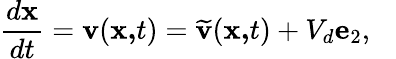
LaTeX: \frac{d\mathbf{x}}{dt}=\mathbf{v}(\mathbf{x,}t)=\widetilde{\mathbf{v}}(\mathbf{x,}t)+V_{d}\mathbf{e}_{2},~\ \